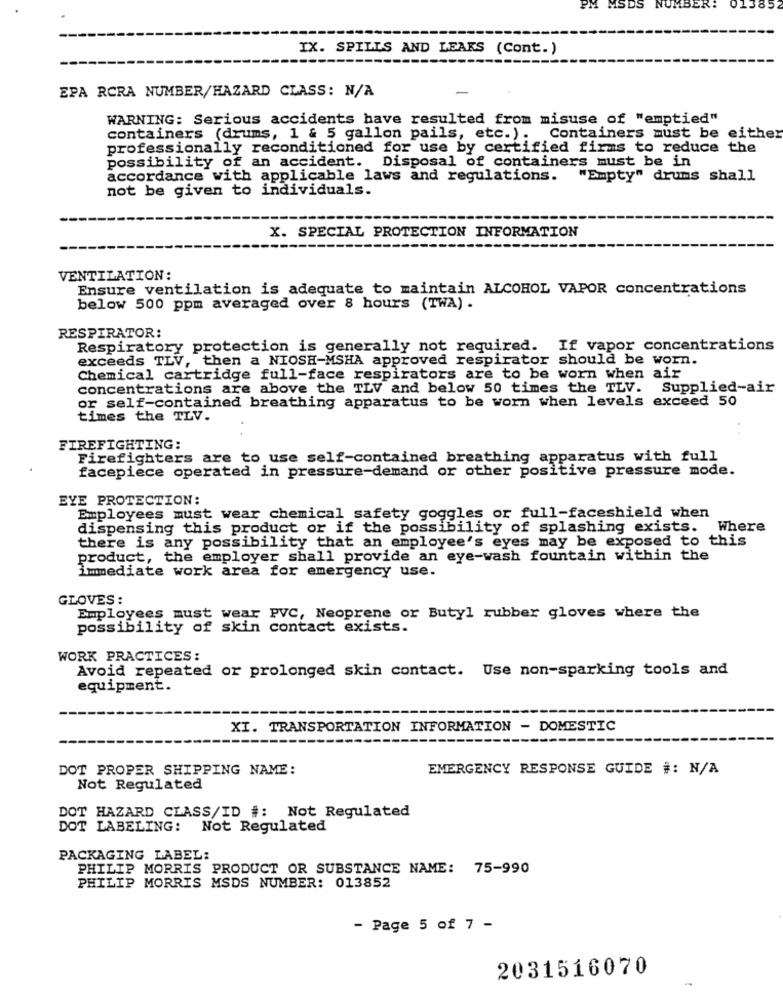
MSDS
IMBER:
0138
IX. SPILLS AND LEAKS (Cont.)
EPA RCRA NUMBER/HAZARD CLASS: N/A
WARNING: Serious accidents have resulted from misuse of "emptied"
containers (drums, 1 & 5 gallon pails, etc.) .
Containers must be either
professionally reconditioned for use by certified firms to reduce the
possibility of an accident. Disposal of containers must be in
accordance with applicable laws and regulations. "Empty" drums shall
not be given to individuals.
X. SPECIAL PROTECTION INFORMATION
VENTILATION:
Ensure ventilation is adequate to maintain ALCOHOL VAPOR concentrations
below 500 ppm averaged over 8 hours (TWA) .
RESPIRATOR:
Respiratory protection is generally not required. If vapor concentrations
exceeds TLV, then a NIOSH-MSHA approved respirator should be worn.
Chemical cartridge full-face respirators are to be worn when air
concentrations are above the TLV and below 50 times the TLV. Supplied-air
or self-contained breathing apparatus to be worn when levels exceed 50
times the TLV.
FIREFIGHTING:
Firefighters are to use self-contained breathing apparatus with full
facepiece operated in pressure-demand or other positive pressure mode.
EYE PROTECTION:
Employees must wear chemical safety goggles or full-faceshield when
dispensing this product or if the possibility of splashing exists. Where
there is any possibility that an employee's eyes may be exposed to this
product, the employer shall provide an eye-wash fountain within the
immediate work area for emergency use.
GLOVES:
Employees must wear PVC, Neoprene or Butyl rubber gloves where the
possibility of skin contact exists.
WORK PRACTICES:
Avoid repeated or prolonged skin contact. Use non-sparking tools and
equipment.
XI. TRANSPORTATION INFORMATION - DOMESTIC
DOT PROPER SHIPPING NAME:
EMERGENCY RESPONSE GUIDE #: N/A
Not Regulated
DOT HAZARD CLASS/ID #: Not Regulated
DOT LABELING: Not Regulated
PACKAGING LABEL:
PHILIP MORRIS PRODUCT OR SUBSTANCE NAME: 75-990
PHILIP MORRIS MSDS NUMBER: 013852
- Page 5 of 7 -
2031516070